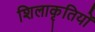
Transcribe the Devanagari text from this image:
शिलाकृतियों